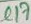
Text: C17